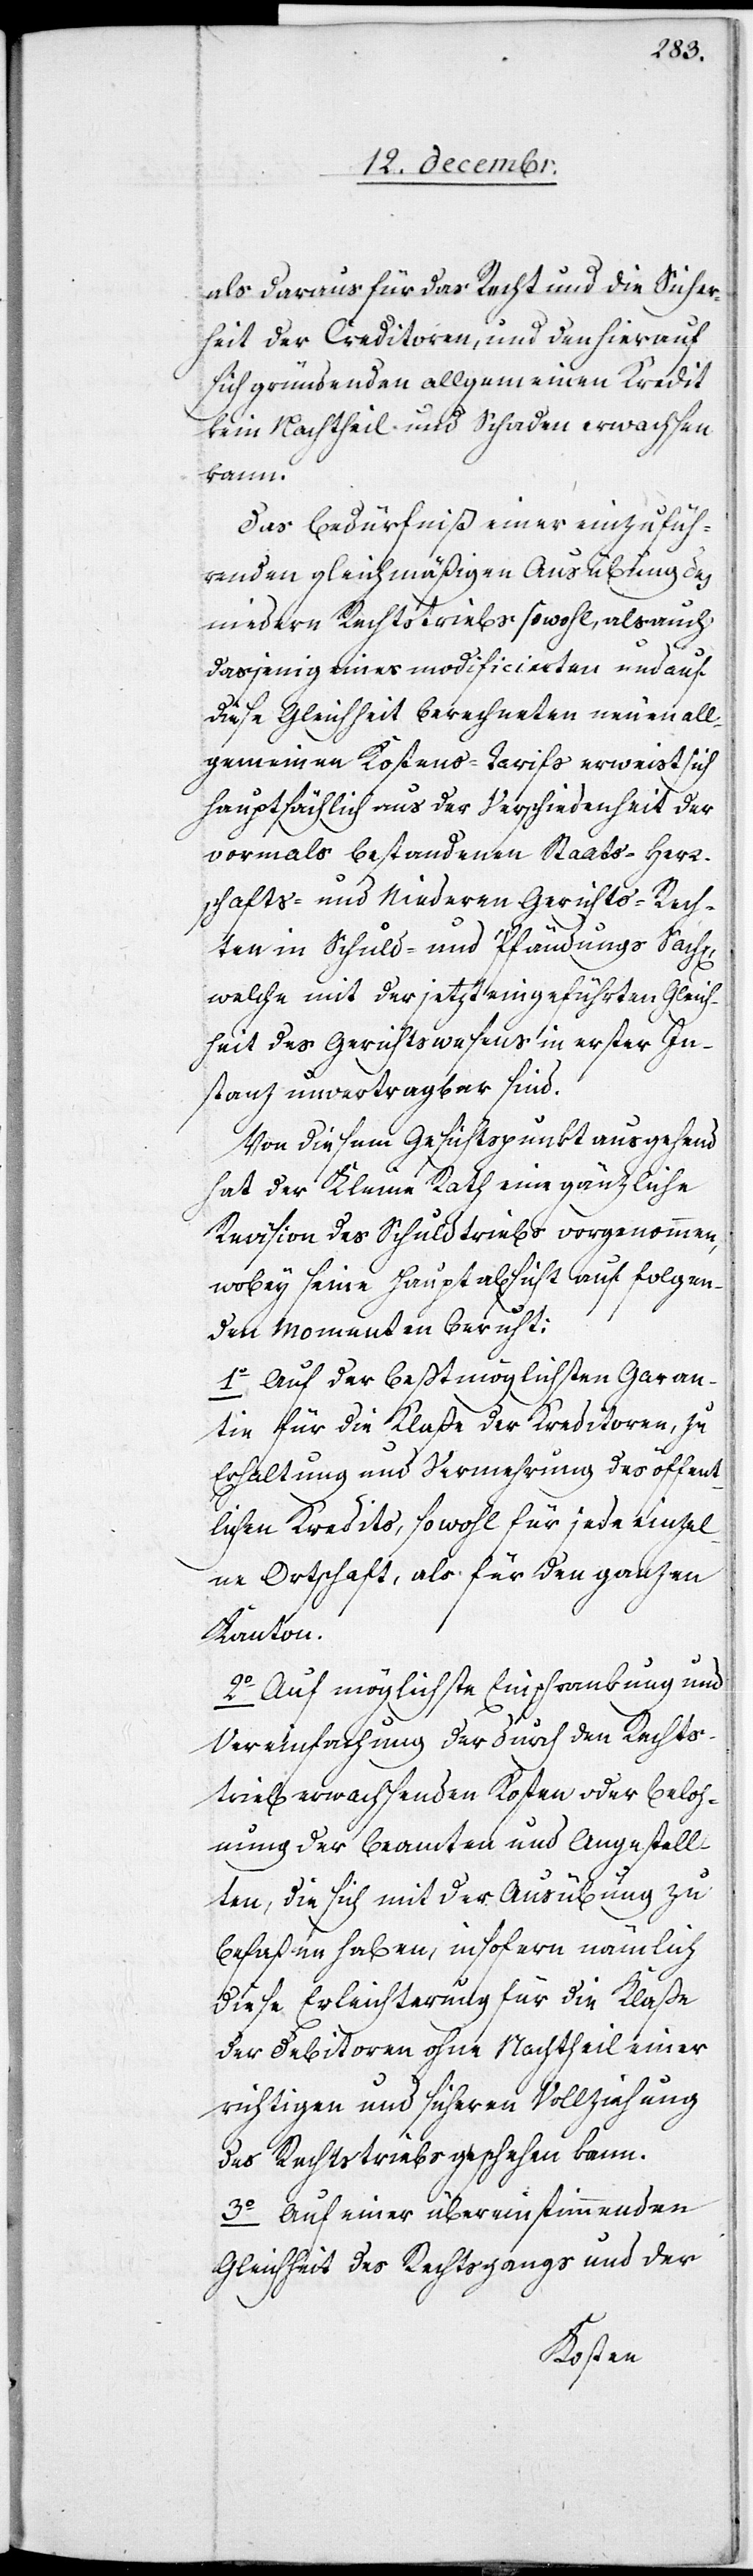
als daraus für das Recht und die Sicher¬
heit der Creditoren, und den hierauf
sich gründenden allgemeinen Kredit
kein Nachtheil und Schaden erwachsen
kann.
Das Bedürfniß einer einzufüh¬
renden gleichmäßigen Ausübung des
niedern Rechtstriebs sowohl, als auch
dasjenige eines modificierten und auf
diese Gleichheit berechneten neuen all¬
gemeinen Kostens-Tarifs erweist sich
hauptsächlich aus der Verschiedenheit der
vormals bestandenen Staats-[,] Herr¬
schafts- und Niederen Gerichts-Rech¬
ten in Schuld- und Pfändungs-Sach[en],
welche mit der jetzt eingeführten Gleich¬
heit des Gerichtswesens in erster In¬
stanz unvertragbar sind.
Von diesem Gesichtspunkt ausgehend
hat der Kleine Rath eine gänzliche
Revision des Schuldtriebs vorgenommen,
wobey seine Hauptabsicht auf folgen¬
den Momenten beruht:
1. Auf der beßtmöglichsten Garan¬
tie für die Klaße der Kreditoren, zu
Erhaltung und Vermehrung des öffent¬
lichen Kredits, sowohl für jede einzel¬
ne Ortschaft, als für den ganzen
Kanton.
2. Auf möglichste Einschränkung und
Vereinfachung der durch den Rechts¬
trieb erwachsenden Kosten oder Beloh¬
nung der Beamten und Angestell¬
ten, die sich mit der Ausübung zu
befaßen haben, insofern nämlich
diese Erleichterung für die Klaße
der Debitoren ohne Nachtheil einer
richtigen und sicheren Vollziehung
des Rechtstriebs geschehen kann.
3. Auf einer übereinstimmenden
Gleichheit des Rechtsgangs und der